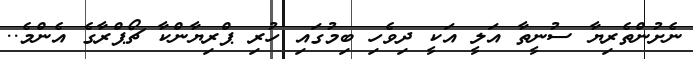
ނެށުންތެރިޔާ ސުނީތާ އަލީ އަކީ ދިވެހި ބިމުގައި ހުރި ޕްރިޔާންކާ ޗޯޕްރާގެ އެންމެ..